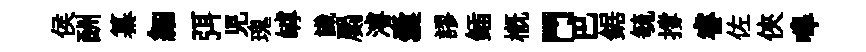
侯酬纂細弭児瑰罅識罽濬囊謬鍤概門巴鋸毓撐睿佐俠嗥